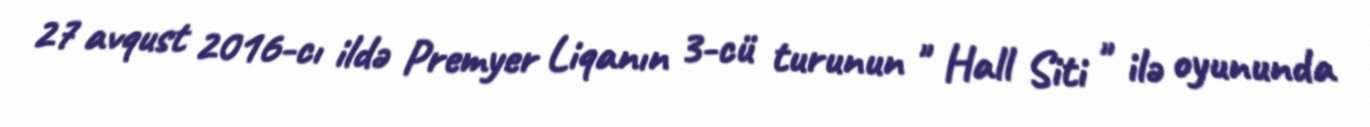
27 avqust 2016-cı ildə Premyer Liqanın 3-cü turunun " Hall Siti " ilə oyununda